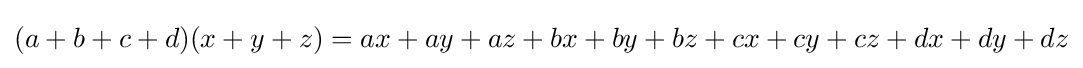
(a+b+c+d)(x+y+z)=ax+ay+az+bx+by+bz+cx+cy+cz+dx+dy+dz